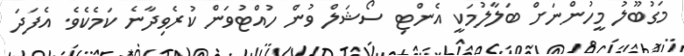
މަގުބޫލު މީހުންނަށް ބަލާލުމަކީ އެންޓި ސޯޝަލް ވުން ހުއްޓުވަން ކުރެވިދާނެ ކަމެކެވެ. އެފަދަ